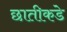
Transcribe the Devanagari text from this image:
छातीकडे